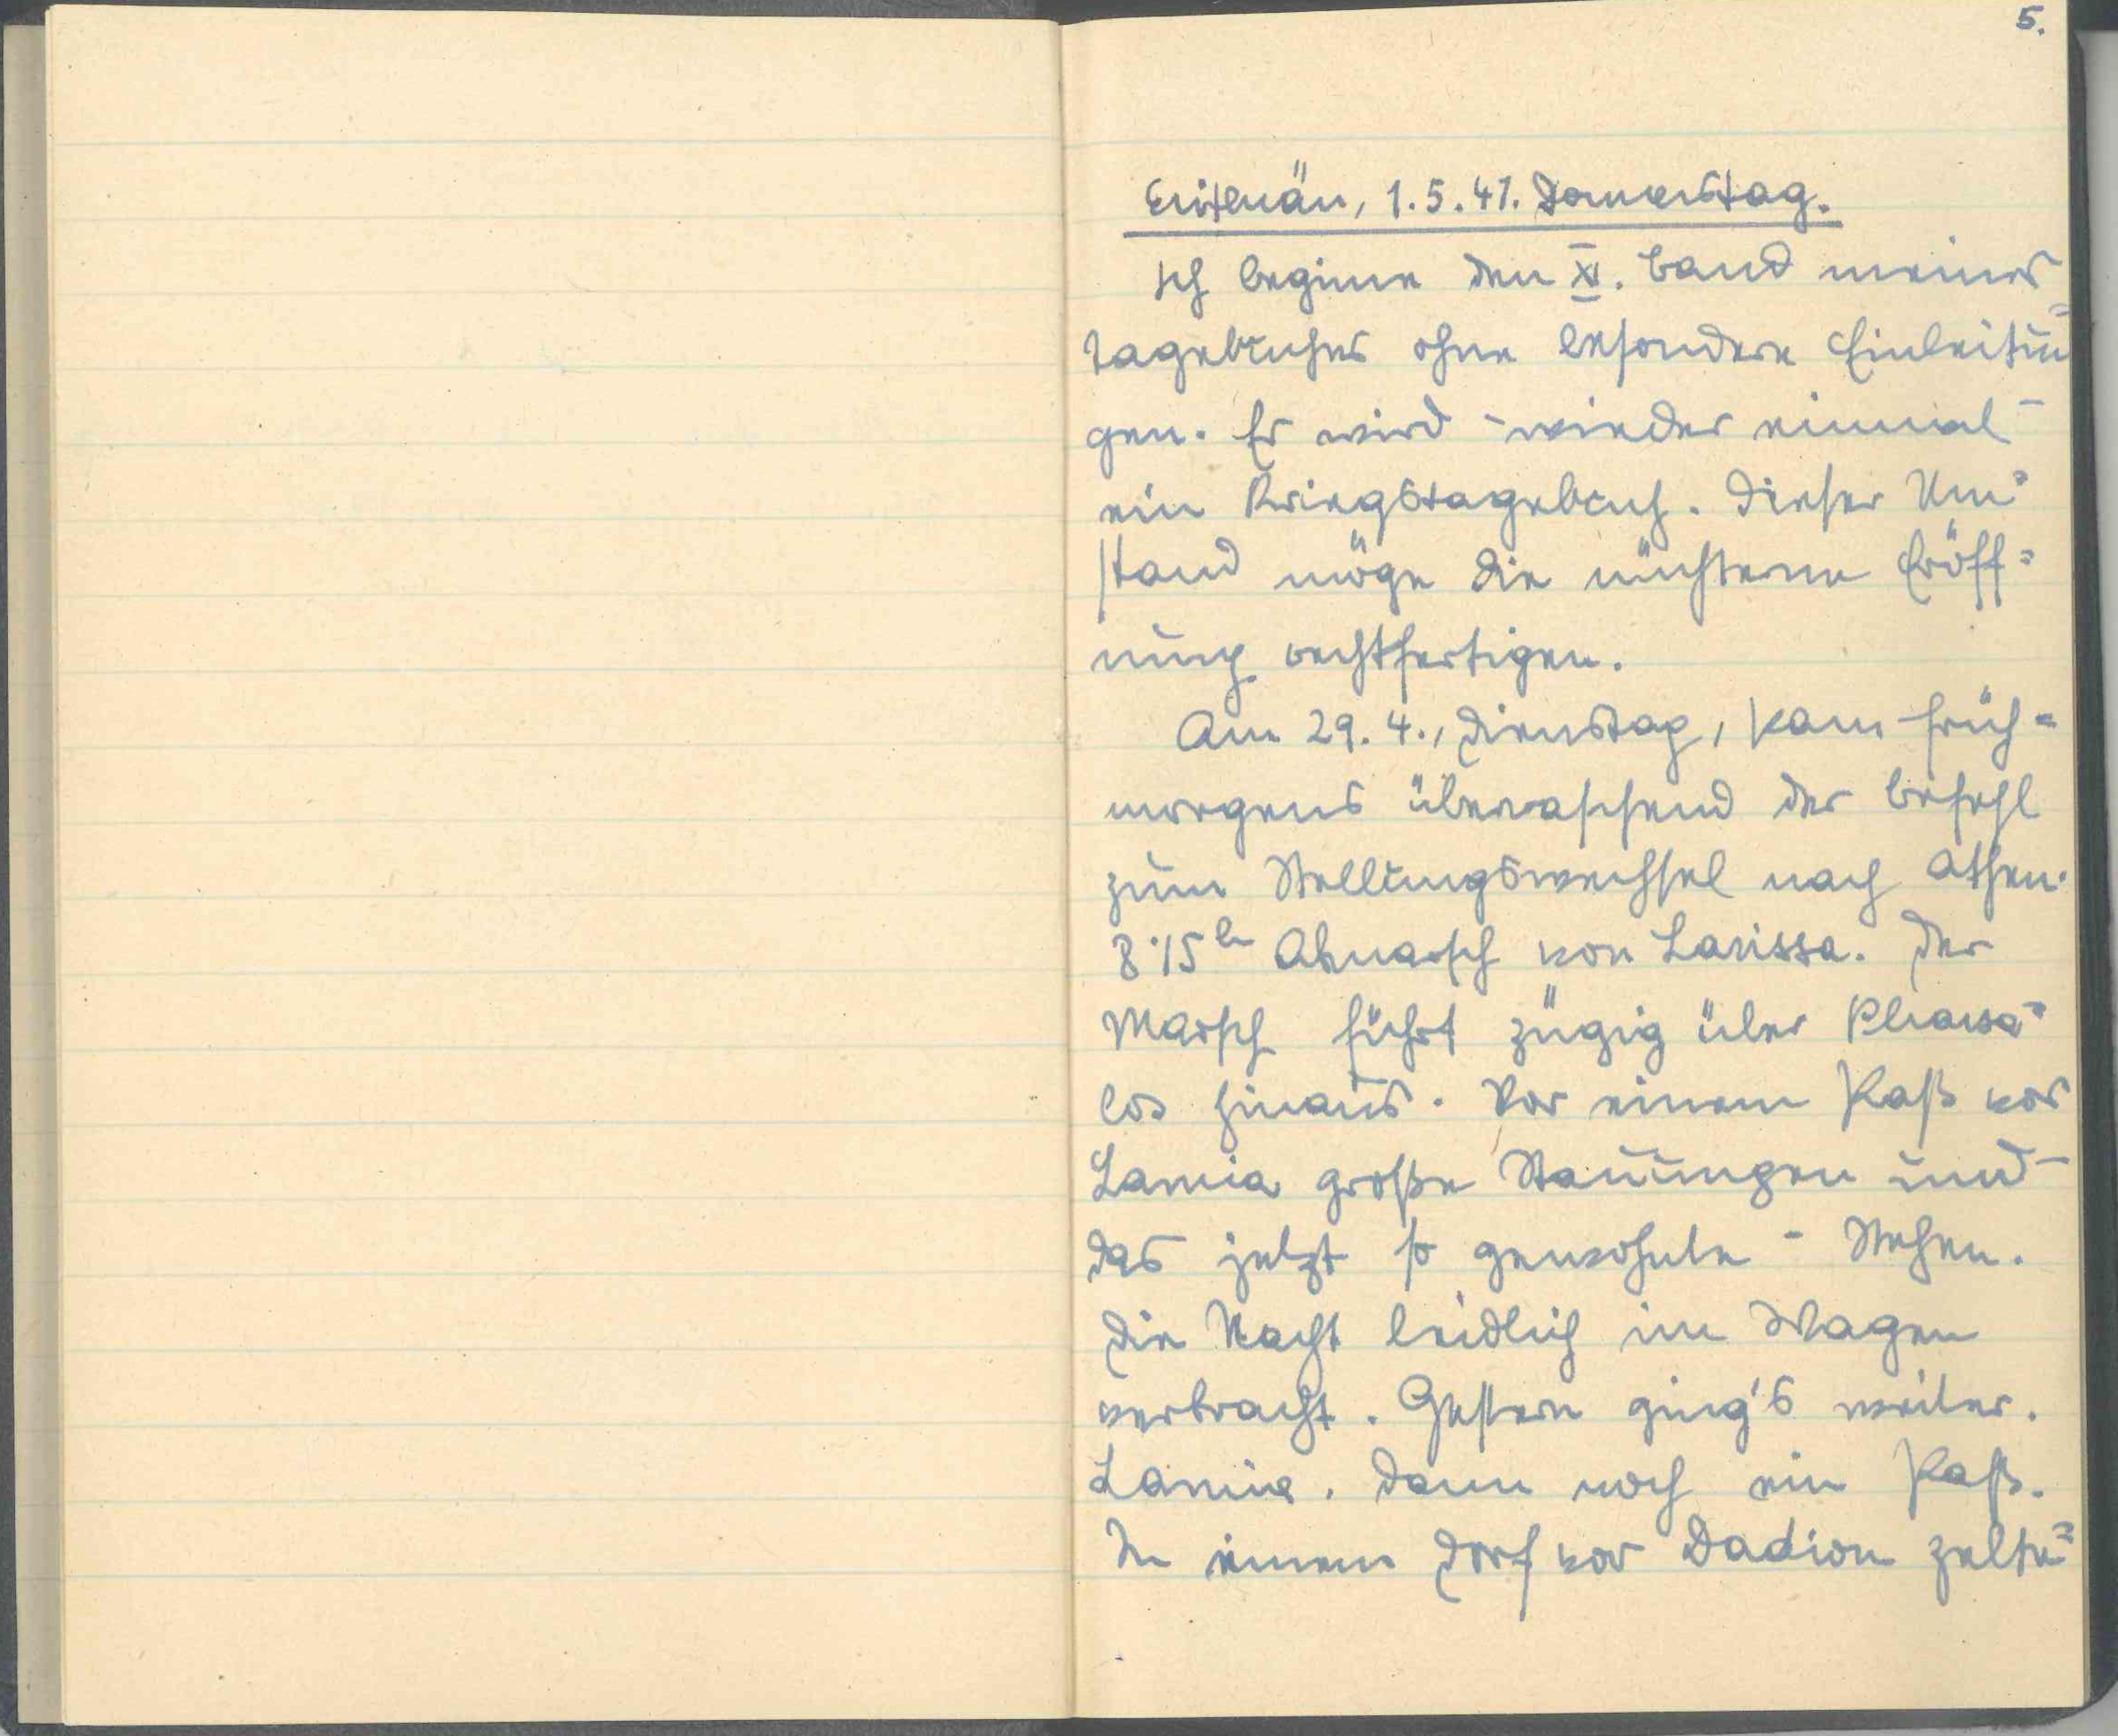
5.
Erithräa, 1.5.41. Donnerstag.
Ich beginne den XI. Band meiner
Tagebücher ohne besondere Einleitun¬
gen. Es wird wieder einmal
ein Kriegstagebuch. Dieser Um¬
stand möge die nüchterne Eröff¬
nung rechtfertigen.
Am 29.4., Dienstag, kam früh¬
morgens überraschend der Befehl
zum Stellungswechsel nach Athen.
8.15 h Abmarsch von Larissa. Der
Marsch führt zügig über Pharsa¬
los hinaus. Vor einem Paß vor
Lamia große Stauungen und
das jetzt so gewohnte - Stehen.
Die Nacht leidig im Wagen
verbracht. Gestern ging's weiter.
Lamia. Dann noch ein Paß.
In einem Dorf vor Dadion zelte¬